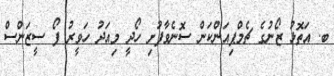
ބ. އަތޮޅު ޒޯނުގެ ޗެމްޕިއަންކަން ސޮނެވާފުށި ހޯދީ މިއަދު ހަވީރު ފޯ ސީޒަންސް